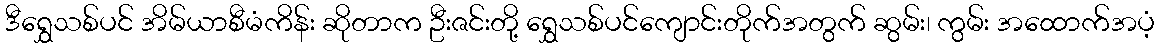
ဒီရွှေသစ်ပင် အိမ်ယာစီမံကိန်း ဆိုတာက ဦးဇင်းတို့ ရွှေသစ်ပင်ကျောင်းတိုက်အတွက် ဆွမ်း၊ ကွမ်း အထောက်အပံ့